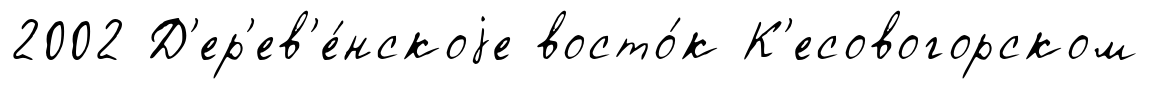
2002 Д'ер'ев'е́нскоjе восто́к К'есовогорском